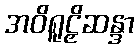
အဝိရူဠှိဆန္ဒာ